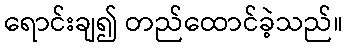
ရောင်းချ၍ တည်ထောင်ခဲ့သည်။